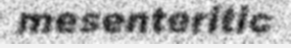
mesenteritic